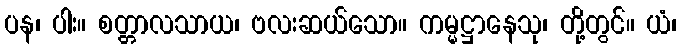
ပန၊ ပါး။ စတ္တာလသာယ၊ ဗလးဆယ်သော။ ကမ္မဋ္ဌာနေသု၊ တို့တွင်။ ယံ၊